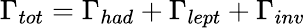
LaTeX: \Gamma_{tot}=\Gamma_{had}+\Gamma_{lept}+\Gamma_{inv}